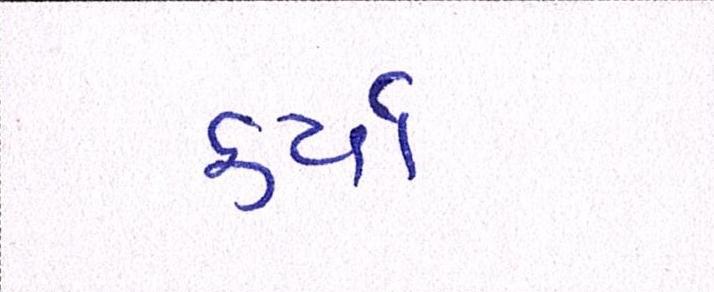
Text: કર્યા